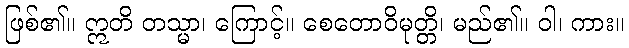
ဖြစ်၏။ ဣတိ တသ္မာ၊ ကြောင့်။ စေတောဝိမုတ္တိ၊ မည်၏။ ဝါ၊ ကား။